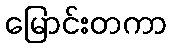
မြောင်းတကာ